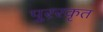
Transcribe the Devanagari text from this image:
पुररकृत